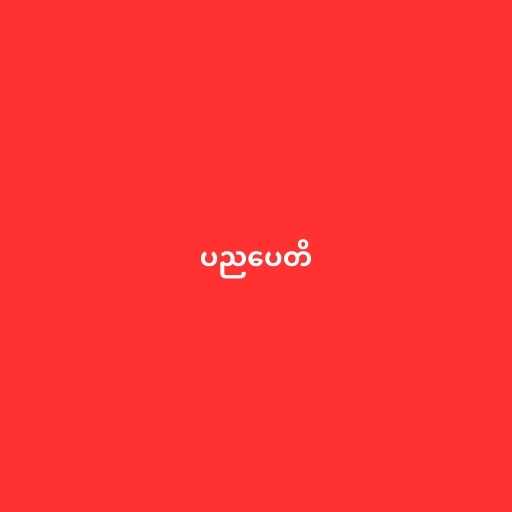
ပညပေတိ